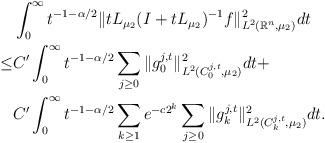
LaTeX: \begin{align*}&\int_0^{\infty}t^{-1-\alpha/2} \|tL_{\mu_2}(I+tL_{\mu_2})^{-1}f\|^2_{L^2(\mathbb{R}^n, \mu_2)}dt\\\leq&C'\int_0^{\infty}t^{-1-\alpha/2}\sum_{j\geq 0} \|g_0^{j,t}\|^2_{L^2(C^{j,t}_0, \mu_2) }dt +\\&C'\int_0^{\infty}t^{-1-\alpha/2}\sum_{k\geq 1} e^{-c 2^k} \sum_{j\geq 0} \|g_k^{j,t}\|^2_{L^2(C^{j,t}_k, \mu_2) } dt.\\\end{align*}